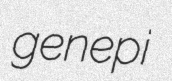
genepi